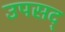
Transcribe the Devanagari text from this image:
उपसद्